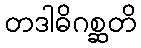
တဒါဓိဂစ္ဆတိ